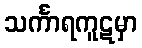
သင်္ကာရကူဋမှာ